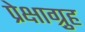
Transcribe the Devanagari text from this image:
प्रेक्षाग़्रुह